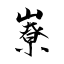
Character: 嶚